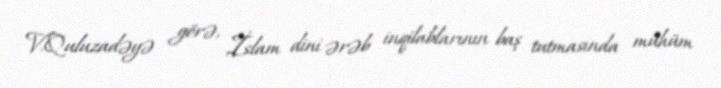
V.Quluzadəyə görə, İslam dini ərəb inqilablarının baş tutmasında mühüm